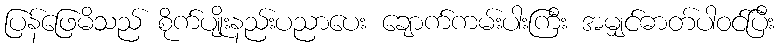
ပြန်ဖြေမိသည် စိုက်ပျိုးနည်းပညာပေး ချောက်ကမ်းပါးကြီး အမျှင်ဓာတ်ပါဝင်ပြီး